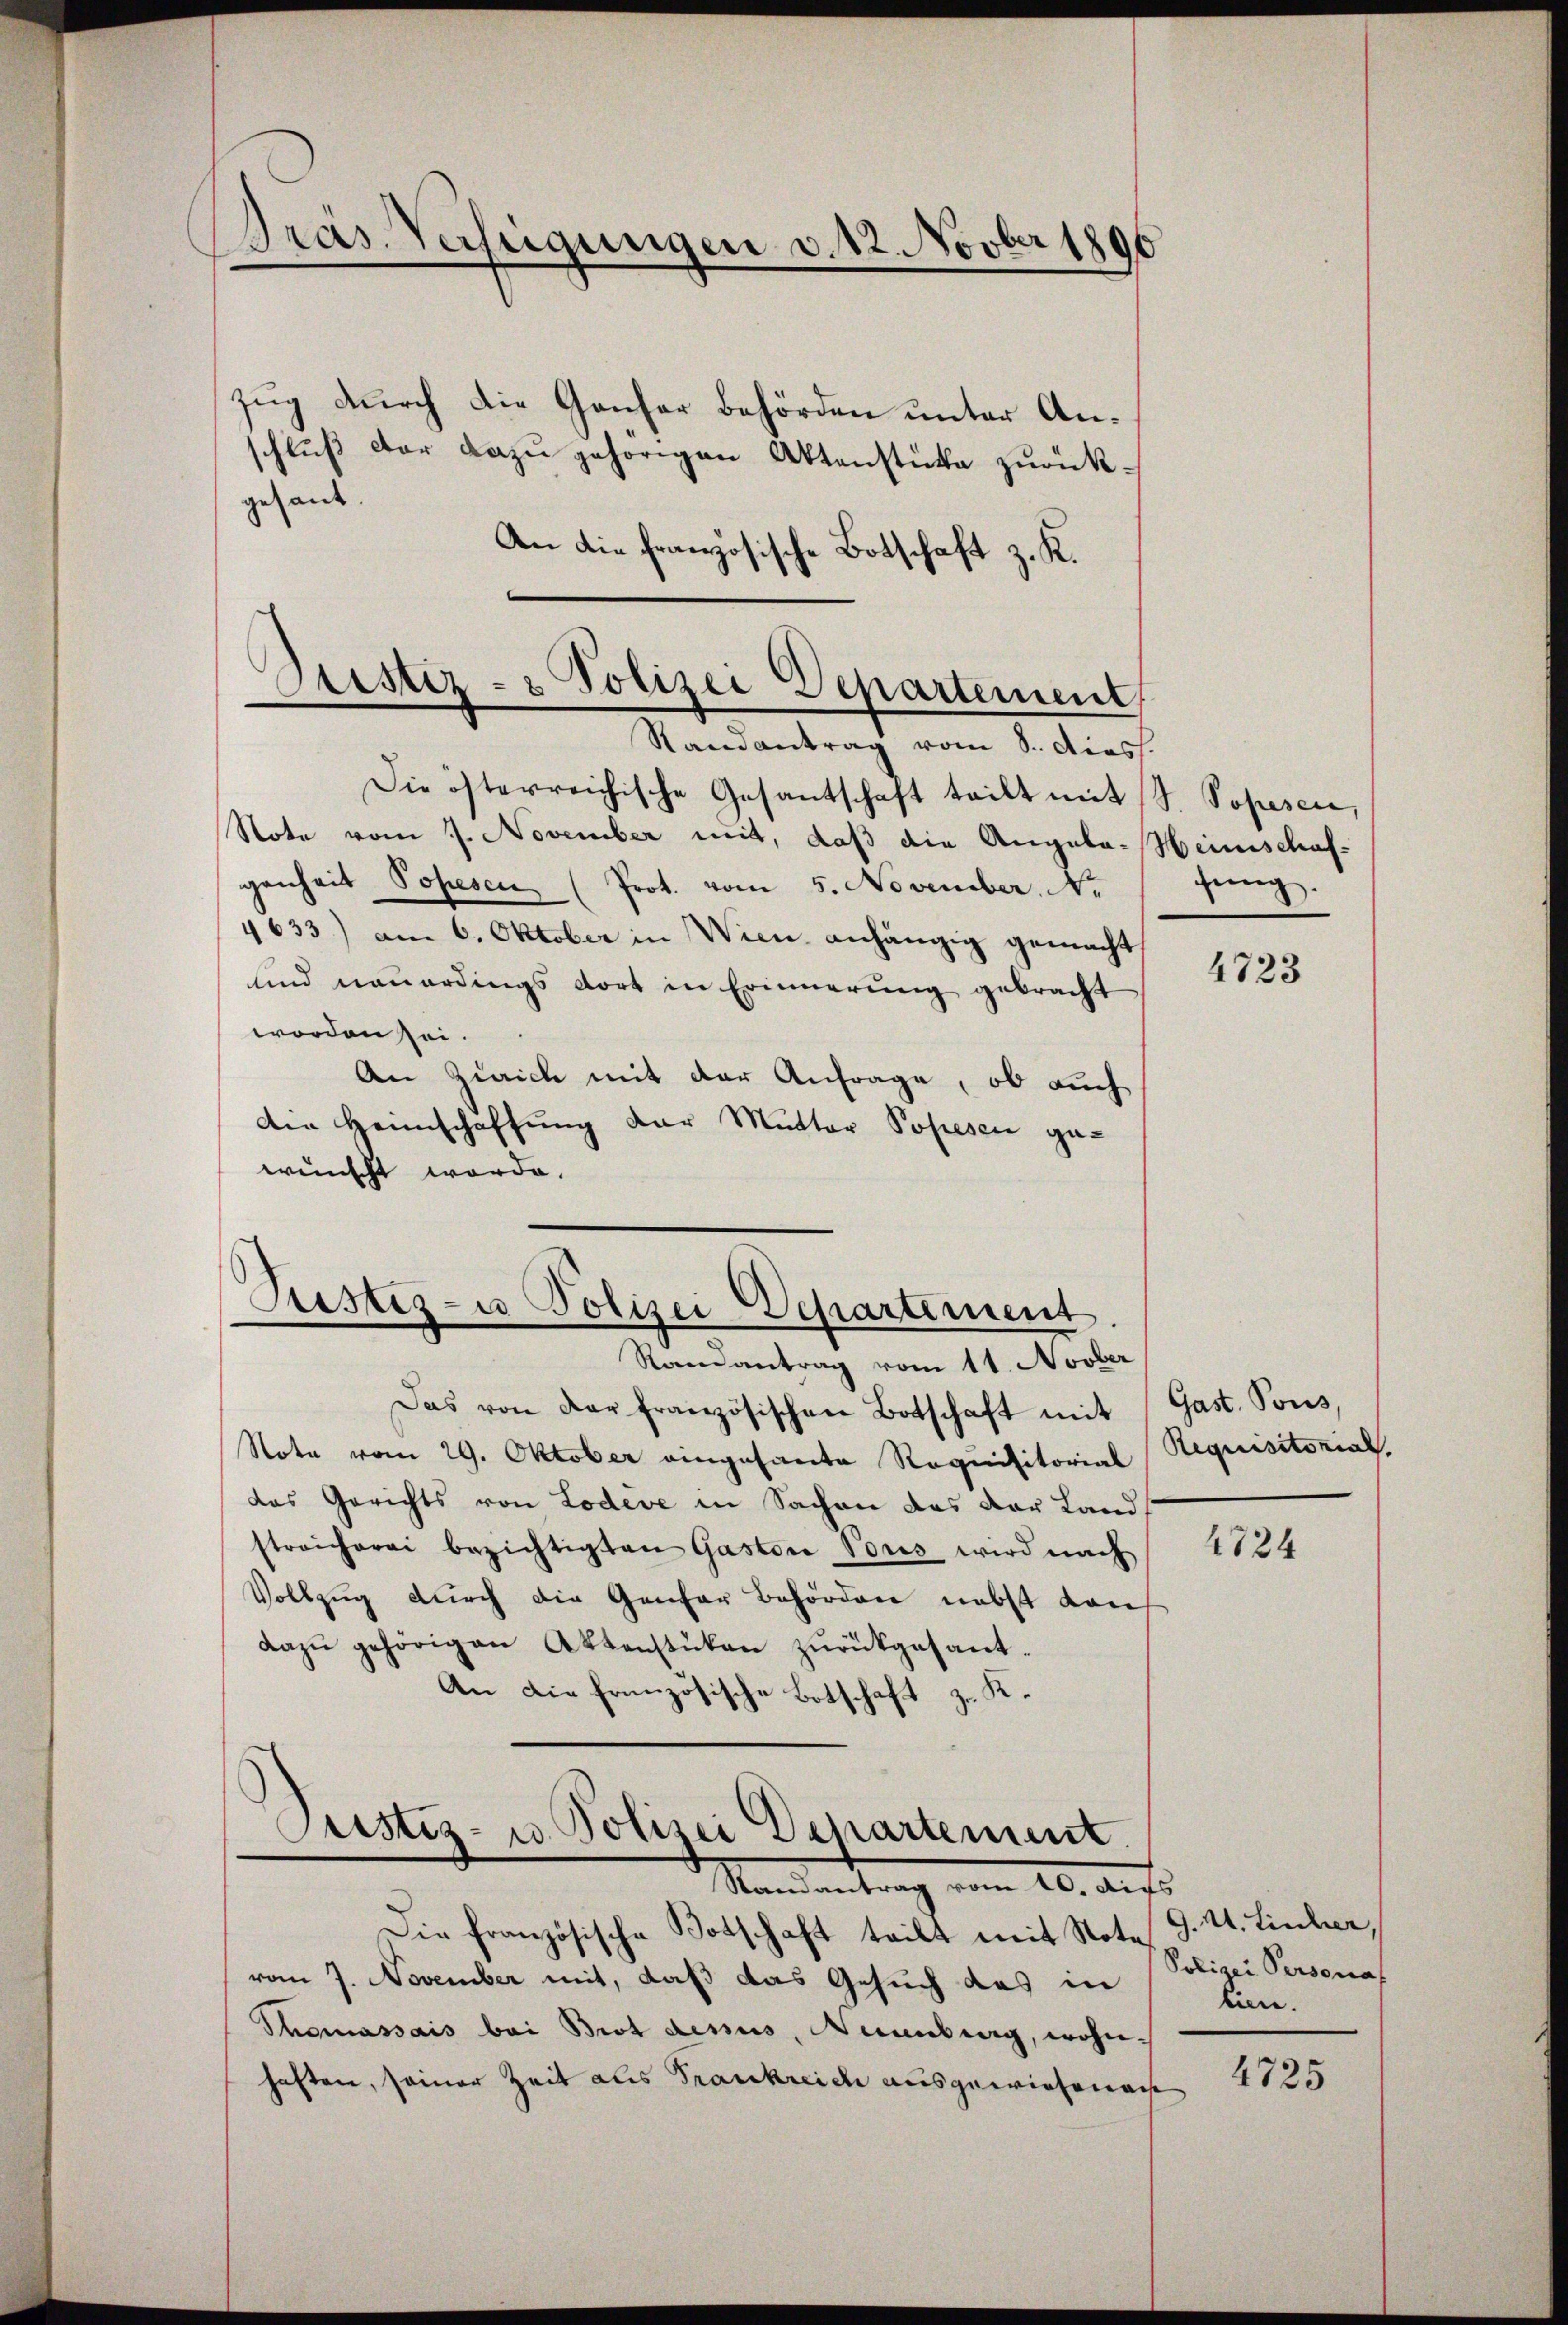
Bräs. Verfügungen v. 12. Novber 1896

zug durch die Genfer behörden unter Anschluß der dazu gehörigen Aktenstücke zurückgesant.
An die französische Botschaft z. K.

Astiz- & Polizei Departement
Randantrag vom 8. diess.

Die österreichische Gesantschaft teilt mit S. Popesen,
Note vom 7. November mit, daß die Angela-Heimschaf-
genheit Popesen (Prot. vom 5. November. No
4633) am 6. Oktober in Wien anhängig gemacht,
und neuerdings dort in Erinnerung gebracht
worden sei.
An Zürich mit der Anfrage, ob auch
den Heimschaffung der Mutter Posiesen gewünscht werde.

s
Justiz- u Polizei Departement
Randantrag vom 11. Novber

Das von der französischen Botschaft mit (Gast. Pous,
Note vom 29. Oktober eingesante Requisitorial
das Gerichts von Lodeve in Sachen das der Landstreicherei bezichtigten Gastor Vous wird nach
Vollzug durch die Genfer Behörden nebst von
dazŭ gehörigen Aktenstücken zurückgesant¬
An die französische Botschaft zu K.
Justiz- u. Polizei Departement
Standeantrag vom 20. Aufs
Die französische Botschaft teilt mit Note
vom 7. November mit, daß das Gesuch das in
Thomassais bei Brot demus, Neuenburg, wohnhaften, seiner Zeit als Frankreich ausgewiesenen

sung.

4723

Requisitorial.

4724

G. A. Liecher,
Polizei Personal
biere.

4725